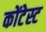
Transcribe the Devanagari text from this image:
कोंटेस्ट